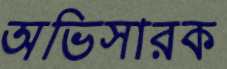
অভিসারক